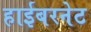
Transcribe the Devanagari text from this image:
हाईबरनेट